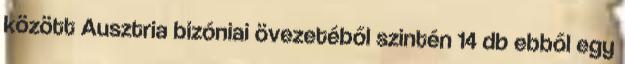
között Ausztria bizóniai övezetéből szintén 14 db ebből egy